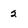
Character: 2